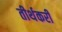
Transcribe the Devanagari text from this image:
तीर्थकरी